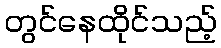
တွင်နေထိုင်သည့်